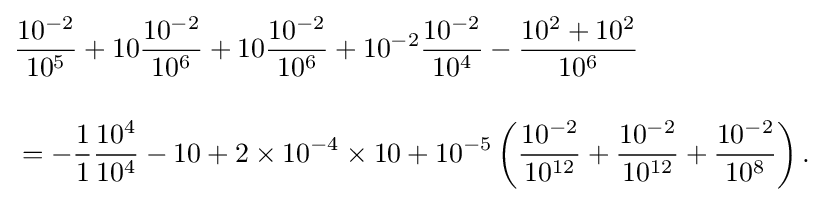
{\begin{aligned}&{}{\frac {10^{-2}}{10^{5}}}+10{\frac {10^{-2}}{10^{6}}}+10{\frac {10^{-2}}{10^{6}}}+10^{-2}{\frac {10^{-2}}{10^{4}}}-{\frac {10^{2}+10^{2}}{10^{6}}}\\[12pt]&{}=-{{\frac {1}{1}}{\frac {10^{4}}{10^{4}}}}-10+2\times 10^{-4}\times 10+10^{-5}\left({\frac {10^{-2}}{10^{12}}}+{\frac {10^{-2}}{10^{12}}}+{\frac {10^{-2}}{10^{8}}}\right).\end{aligned}}